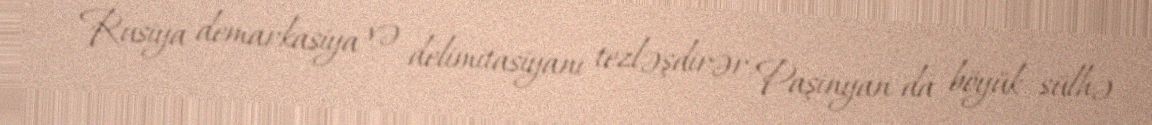
Rusiya demarkasiya və delimitasiyanı tezləşdirər, Paşinyan da böyük sülhə